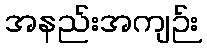
အနည်းအကျဉ်း